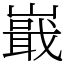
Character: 嶯